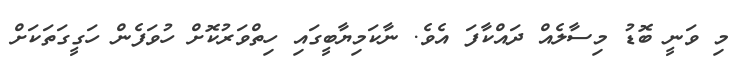
މި ވަނީ ބޮޑު މިސާލެއް ދައްކާފަ އެވެ. ނާކަމިޔާބީގައި ހިތްވަރުކޮށް ހުވަފެން ހަގީގަތަކަށް